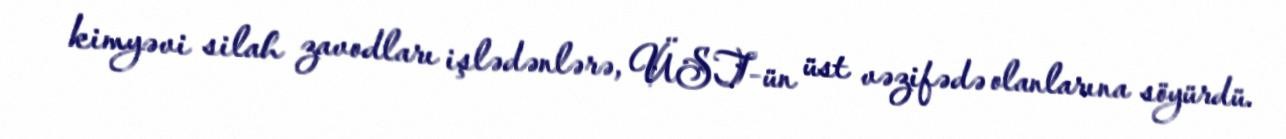
kimyəvi silah zavodları işlədənlərə, ÜST-ün üst vəzifədə olanlarına söyürdü.